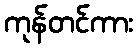
ကုန်တင်ကား